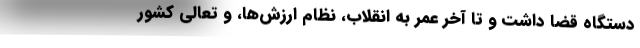
دستگاه قضا داشت و تا آخر عمر به انقلاب، نظام ارزش‌ها، و تعالی کشور